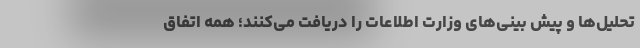
تحلیل‌ها و پیش بینی‌های وزارت اطلاعات را دریافت می‌کنند؛ همه اتفاق